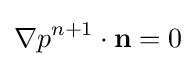
\nabla p^{n+1}\cdot \mathbf {n} =0